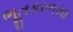
ભૂતકાળમા